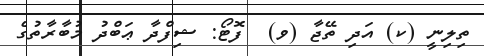
ތިލިނީ (ކ) އަދި ތޭޖާ (ވ)  ފޮޓޯ: ޝިފްދާ ޢަބްދު މުބާރާތުގެ